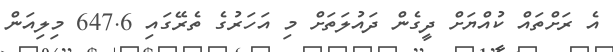
އެ ރަށްތައް ކުއްޔަށް ދީގެން ދައުލަތަށް މި އަހަރުގެ ތެރޭގައި 647.6 މިލިއަން